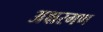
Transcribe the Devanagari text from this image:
अक्षरगण